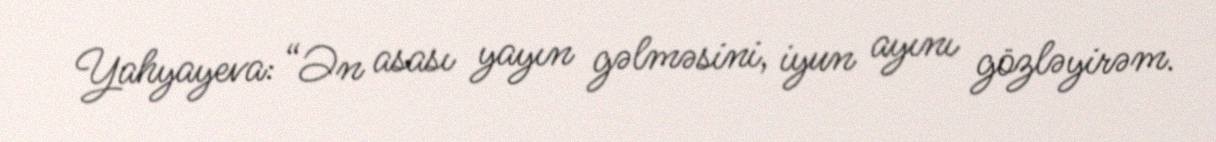
Yahyayeva: “Ən asası yayın gəlməsini, iyun ayını gözləyirəm.